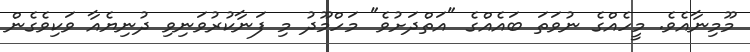
މޫމިނާއެވެ. މީހެއްގެ ނުވަތަ ބައެއްގެ "އަތްދަށުވެ" މަހްމޫދު މި ފަނާކުރުވަނިވި ދުނިޔެއާ ވަކިވެގެން